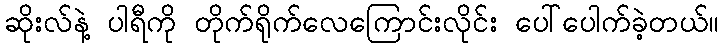
ဆိုးလ်နဲ့ ပါရီကို တိုက်ရိုက်လေကြောင်းလိုင်း ပေါ်ပေါက်ခဲ့တယ်။